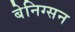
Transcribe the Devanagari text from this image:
बेनिग्सन